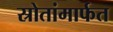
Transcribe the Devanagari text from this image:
स्रोतांमार्फत